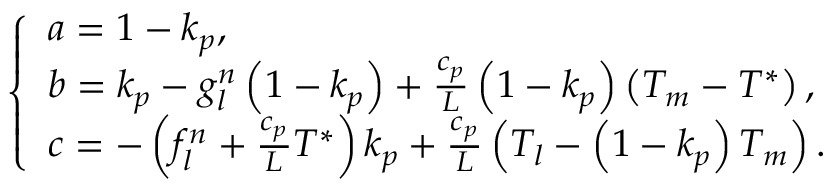
\left\{ \begin{array} { l } { a = 1 - k _ { p } , } \\ { b = k _ { p } - g _ { l } ^ { n } \left( 1 - k _ { p } \right) + \frac { c _ { p } } { L } \left( 1 - k _ { p } \right) \left( T _ { m } - T ^ { * } \right) , } \\ { c = - \left( f _ { l } ^ { n } + \frac { c _ { p } } { L } T ^ { * } \right) k _ { p } + \frac { c _ { p } } { L } \left( T _ { l } - \left( 1 - k _ { p } \right) T _ { m } \right) . } \end{array} \right.